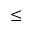
\le